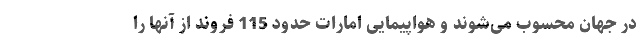
در جهان محسوب می‌شوند و هواپیمایی امارات حدود 115 فروند از آنها را